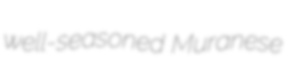
well-seasoned Muranese